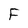
Character: F